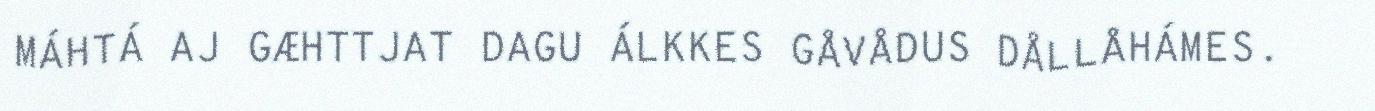
MÁHTÁ AJ GÆHTTJAT DAGU ÁLKKES GÅVÅDUS DÅLLÅHÁMES.